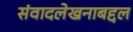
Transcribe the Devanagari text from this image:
संवादलेखनाबद्दल